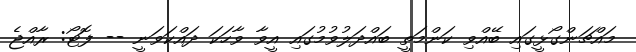
މައްޗަންގޯޅީގައި ބޭއްވި ކަންމަތީ ބައްދަލުވުމުގައި އީވާ ވާހަކަ ދައްކަވަނީ -- ފޮޓޯ: ރާއްޖެ